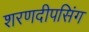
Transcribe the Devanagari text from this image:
शरणदीपसिंग